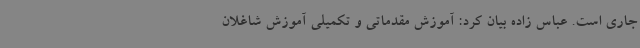
جاری است. عباس زاده بیان کرد: آموزش مقدماتی و تکمیلی آموزش شاغلان